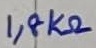
Text: 1,8KΩ